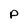
Character: P